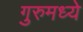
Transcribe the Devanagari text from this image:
गुरुमध्ये